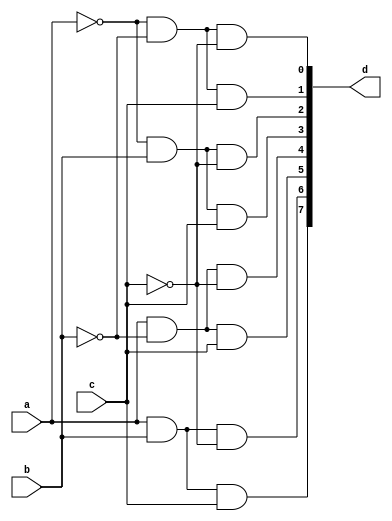
module decoder_verilog(a, b, c, d);

input a;

input b;

input c;

output [7:0] d;

assign d[0]=(~a)&(~b)&(~c);

assign d[1]=(~a)&(~b)&(c);

assign d[2]=(~a)&(b)&(~c);

assign d[3]=(~a)&(b)&(c);

assign d[4]=(a)&(~b)&(~c);

assign d[5]=(a)&(~b)&(c);

assign d[6]=(a)&(b)&(~c);

assign d[7]=(a)&(b)&(c);

endmodule